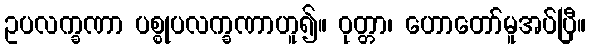
ဥပလက္ခဏာ ပစ္စုပလက္ခဏာဟူ၍။ ဝုတ္တာ၊ ဟောတော်မူအပ်ပြီ။